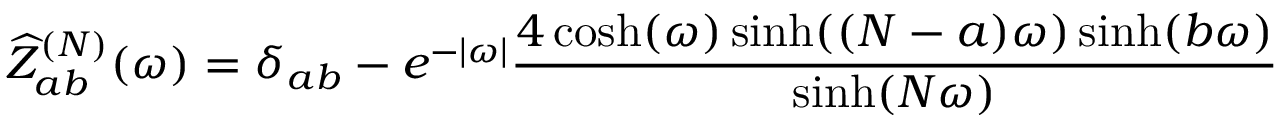
\widehat { Z } _ { a b } ^ { ( N ) } ( \omega ) = \delta _ { a b } - e ^ { - | \omega | } \frac { 4 \cosh ( \omega ) \sinh ( ( N - a ) \omega ) \sinh ( b \omega ) } { \sinh ( N \omega ) }